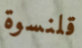
قلنسوة